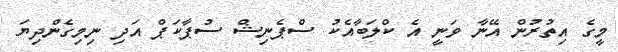
މީގެ އިތުރުން އޭނާ ވަނީ އެ ކްލަބާއެކު ސްޕެނިޝް ސުޕާކަޕް އަދި ނިމިގެންދިޔަ